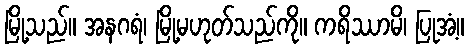
မြို့သည်။ အနဂရံ၊ မြို့မဟုတ်သည်ကို။ ကရိဿာမိ၊ ပြုအံ့။